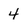
Character: 4